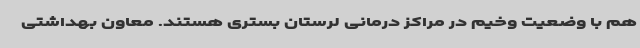
هم با وضعیت وخیم در مراکز درمانی لرستان بستری هستند. معاون بهداشتی